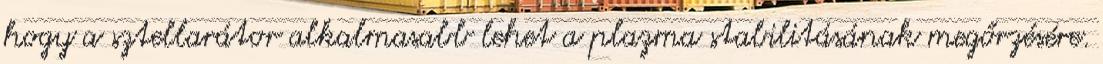
hogy a sztellarátor alkalmasabb lehet a plazma stabilitásának megőrzésére.